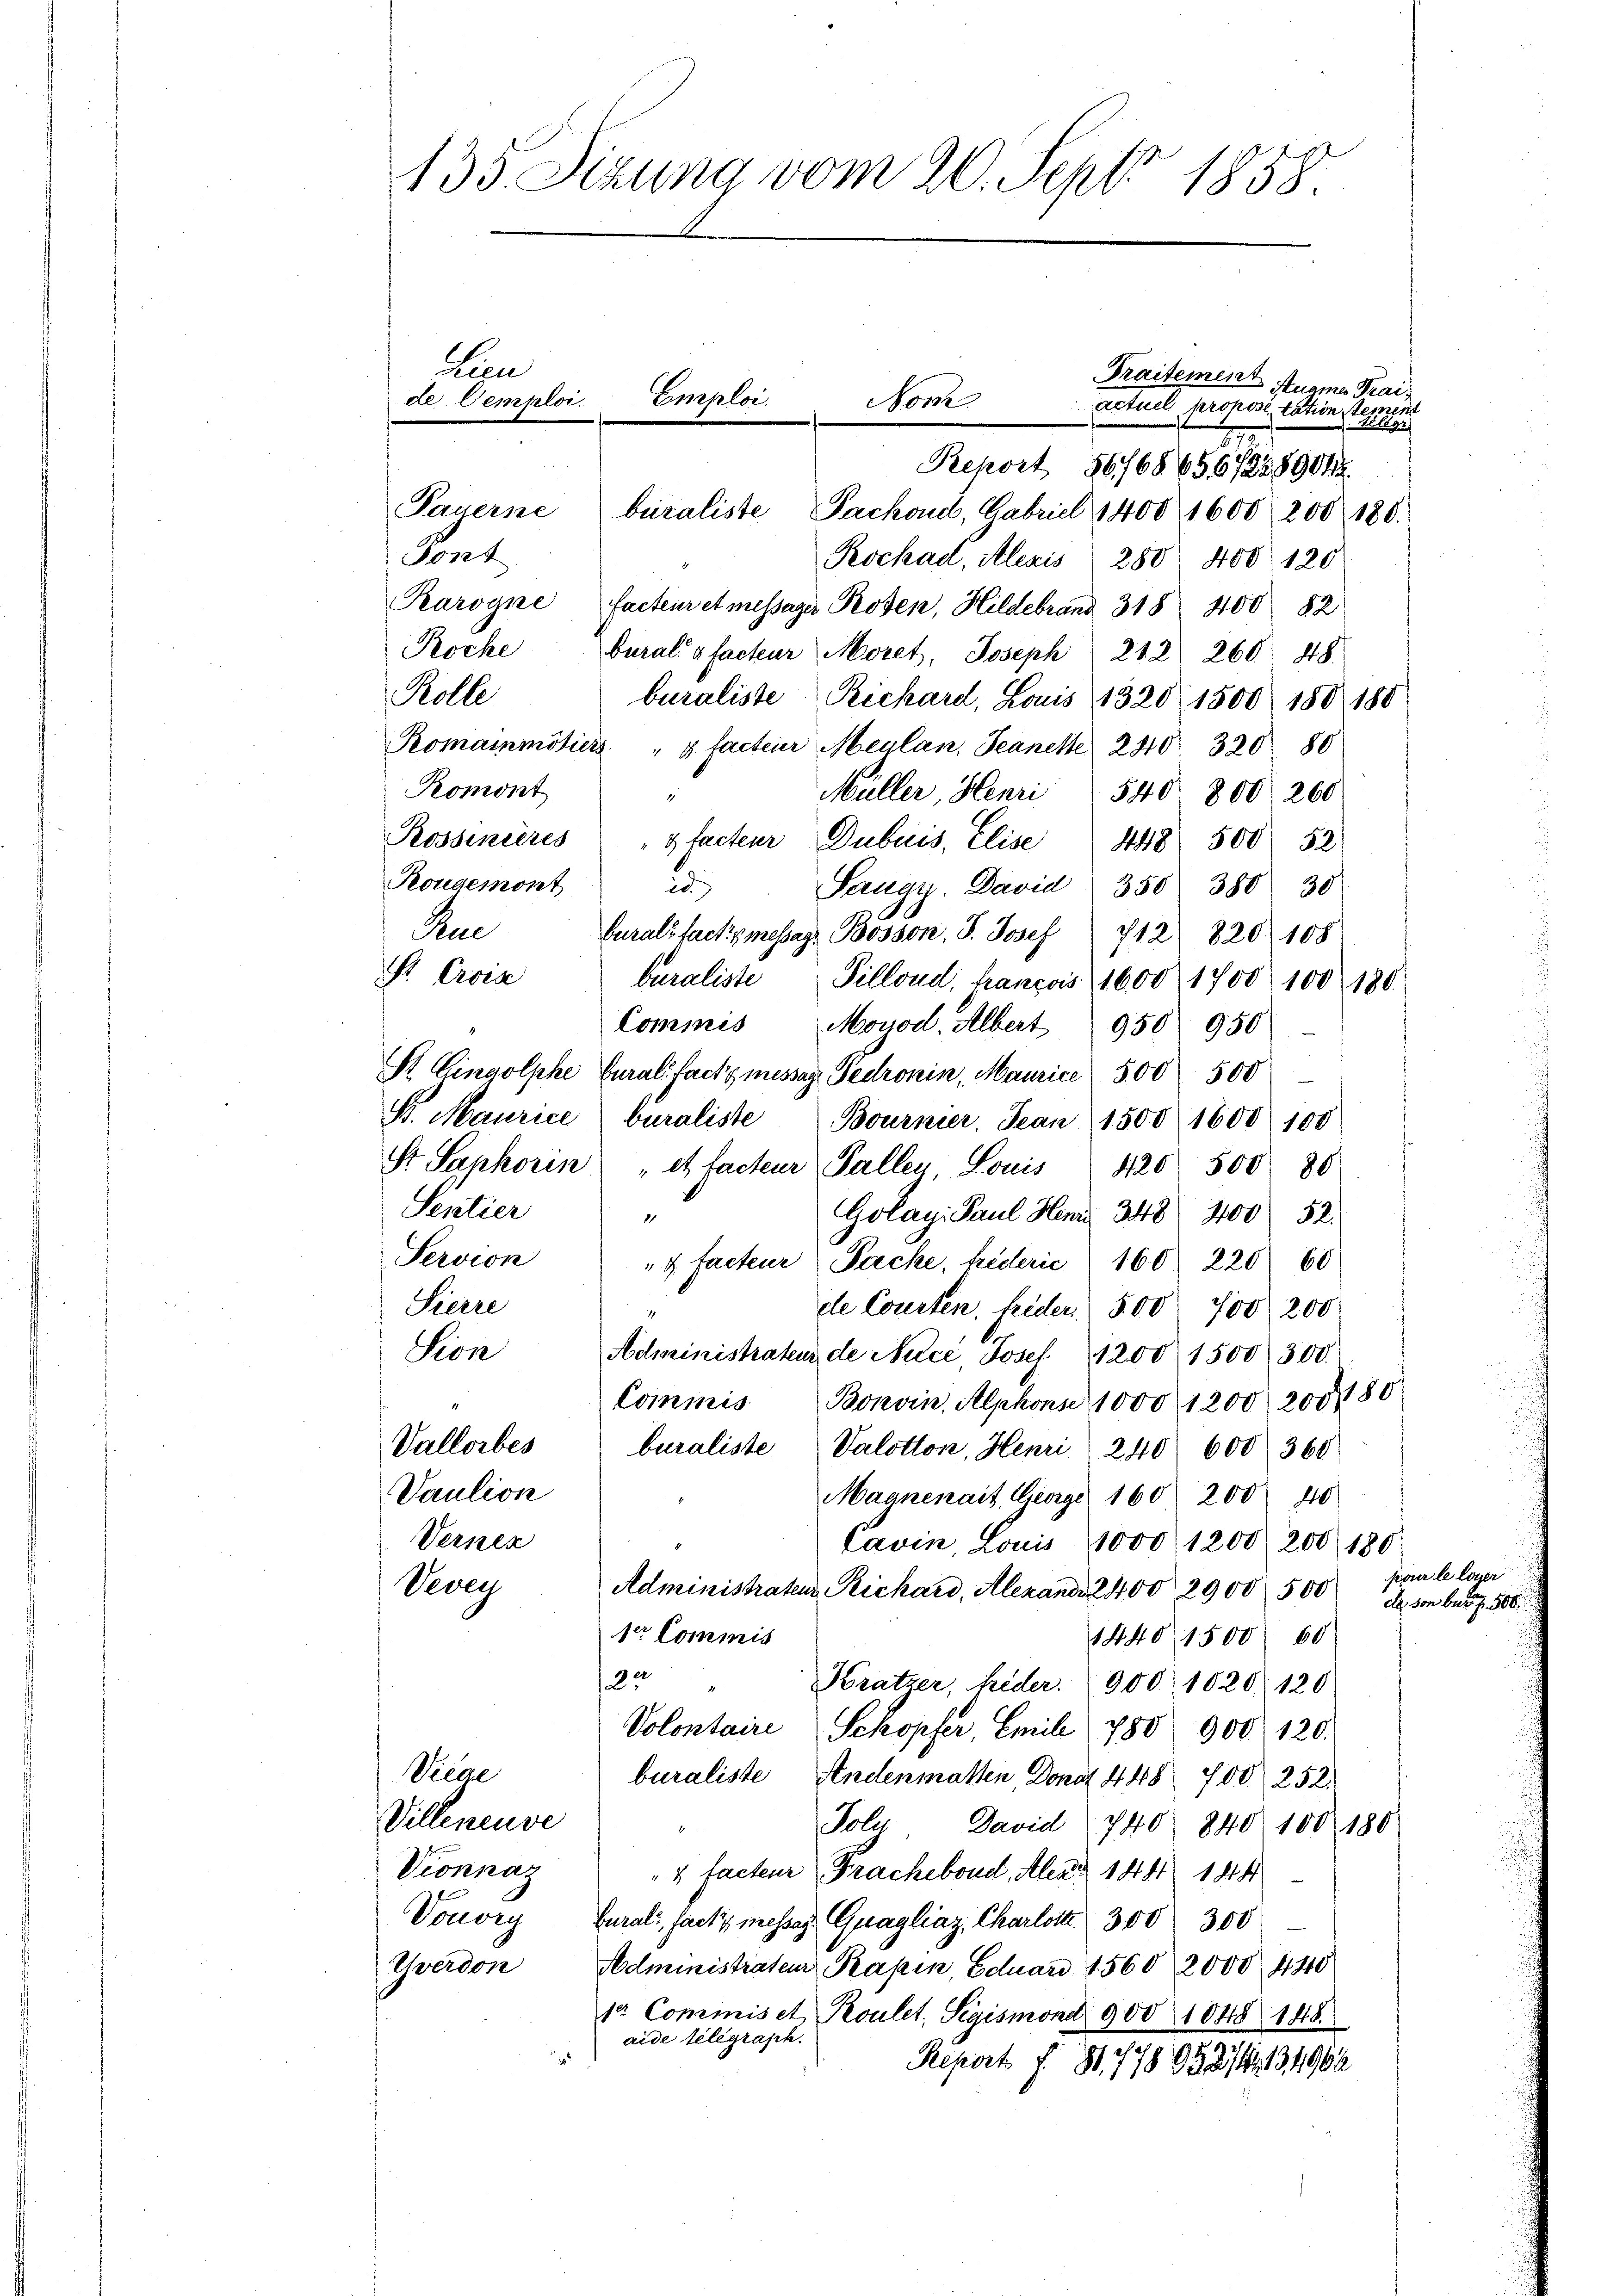
135. Sizung vom 20. Sept. 1858
hen
Traitement Auame Trai
Emploi.
de Semploi.
Nom
actuel propositation steinen

Sont
Roche
Rolle
Am
S. Croes
St. Gingolphe
Pr. Mauric
Str. Saphoris
Sentier
Servion
Seere
Sion

Vallorbes
Vaution
Vernen

Vevey

Payerne
Karogne
Romainmöh
Romont
Rougemont

Vicae
Villeneuve
Vionnaz
Vonorg
Yverdon

.
Report 86/68656,228901
buraliste Fachaus, Gabriel 1400, 1600 200. 180.
Rockad, Alexis 280. 400. 120
facteur et messagi Prosen, Hildebrand 318 400 82
buralis facteur Moret, Joseph 212. 260. 48.
buraliste Richard, Louis 1320 1500 180 180
iers " 4 facteuer Meulan. Jeanette 240. 320 80
Müller, Henri 540 800. 260
Rossinieres 4 facteur Dubuis, Elise 448 500 52
2
Saugy. David 350 380 30
burals factis message Bosson, S. Josef 712 820. 108
buraliste Pillond, hancois 1600 1700 100 180.
Commis Moyod. Albert 950 950
 Curalifacti messer Fedronin, Maurice 500 500
buraliste Bournier. Jean 1500 1600 100
" et facteur Faller Louis 420. 500 86
Golayi Paul Henr 348. 200 52.
1
" 4 Facteur Percke, hiderie 160. 220 60
de Courten, frider 500 700, 200
Administratens de Nucé Josef 1200 1500 300.
Commis Bonvin, Alphons 1000 1200 200,80
buraliste Valotton, Henri 240 600 360
Maanenait George 160 200 40
Cavin, Louis 1000 1200. 200 180
Administraten Richard, Alexande 2400 2900 500 d. von betr. f. 586.
1er Commis
1440. 1500 00
22
Kratzer, Heder.  900 1020 120
Volontaire Schopfer, Emile 780 900 120.
buraliste Andenmatten Donat 448 700 252.
Polu David (740 840 100, 188
4 facteur Frachebond. Aber 144. 144
Gurali, facti messes Quagliaz, Charlotte 300 300
Administrateur Kapin, Eduard 1560 2000. 440
1t. Commis et Roulet. Sigismond 900 1848 148.
aide telegraph.
.
Report f. 81. 778 052/134962

Zelgr

pour le loyer